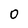
Character: 0